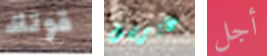
قوتك غابرييل أجل